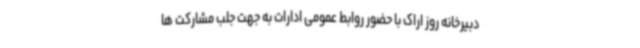
دبیرخانه روز اراک با حضور روابط عمومی ادارات به جهت جلب مشارکت ها